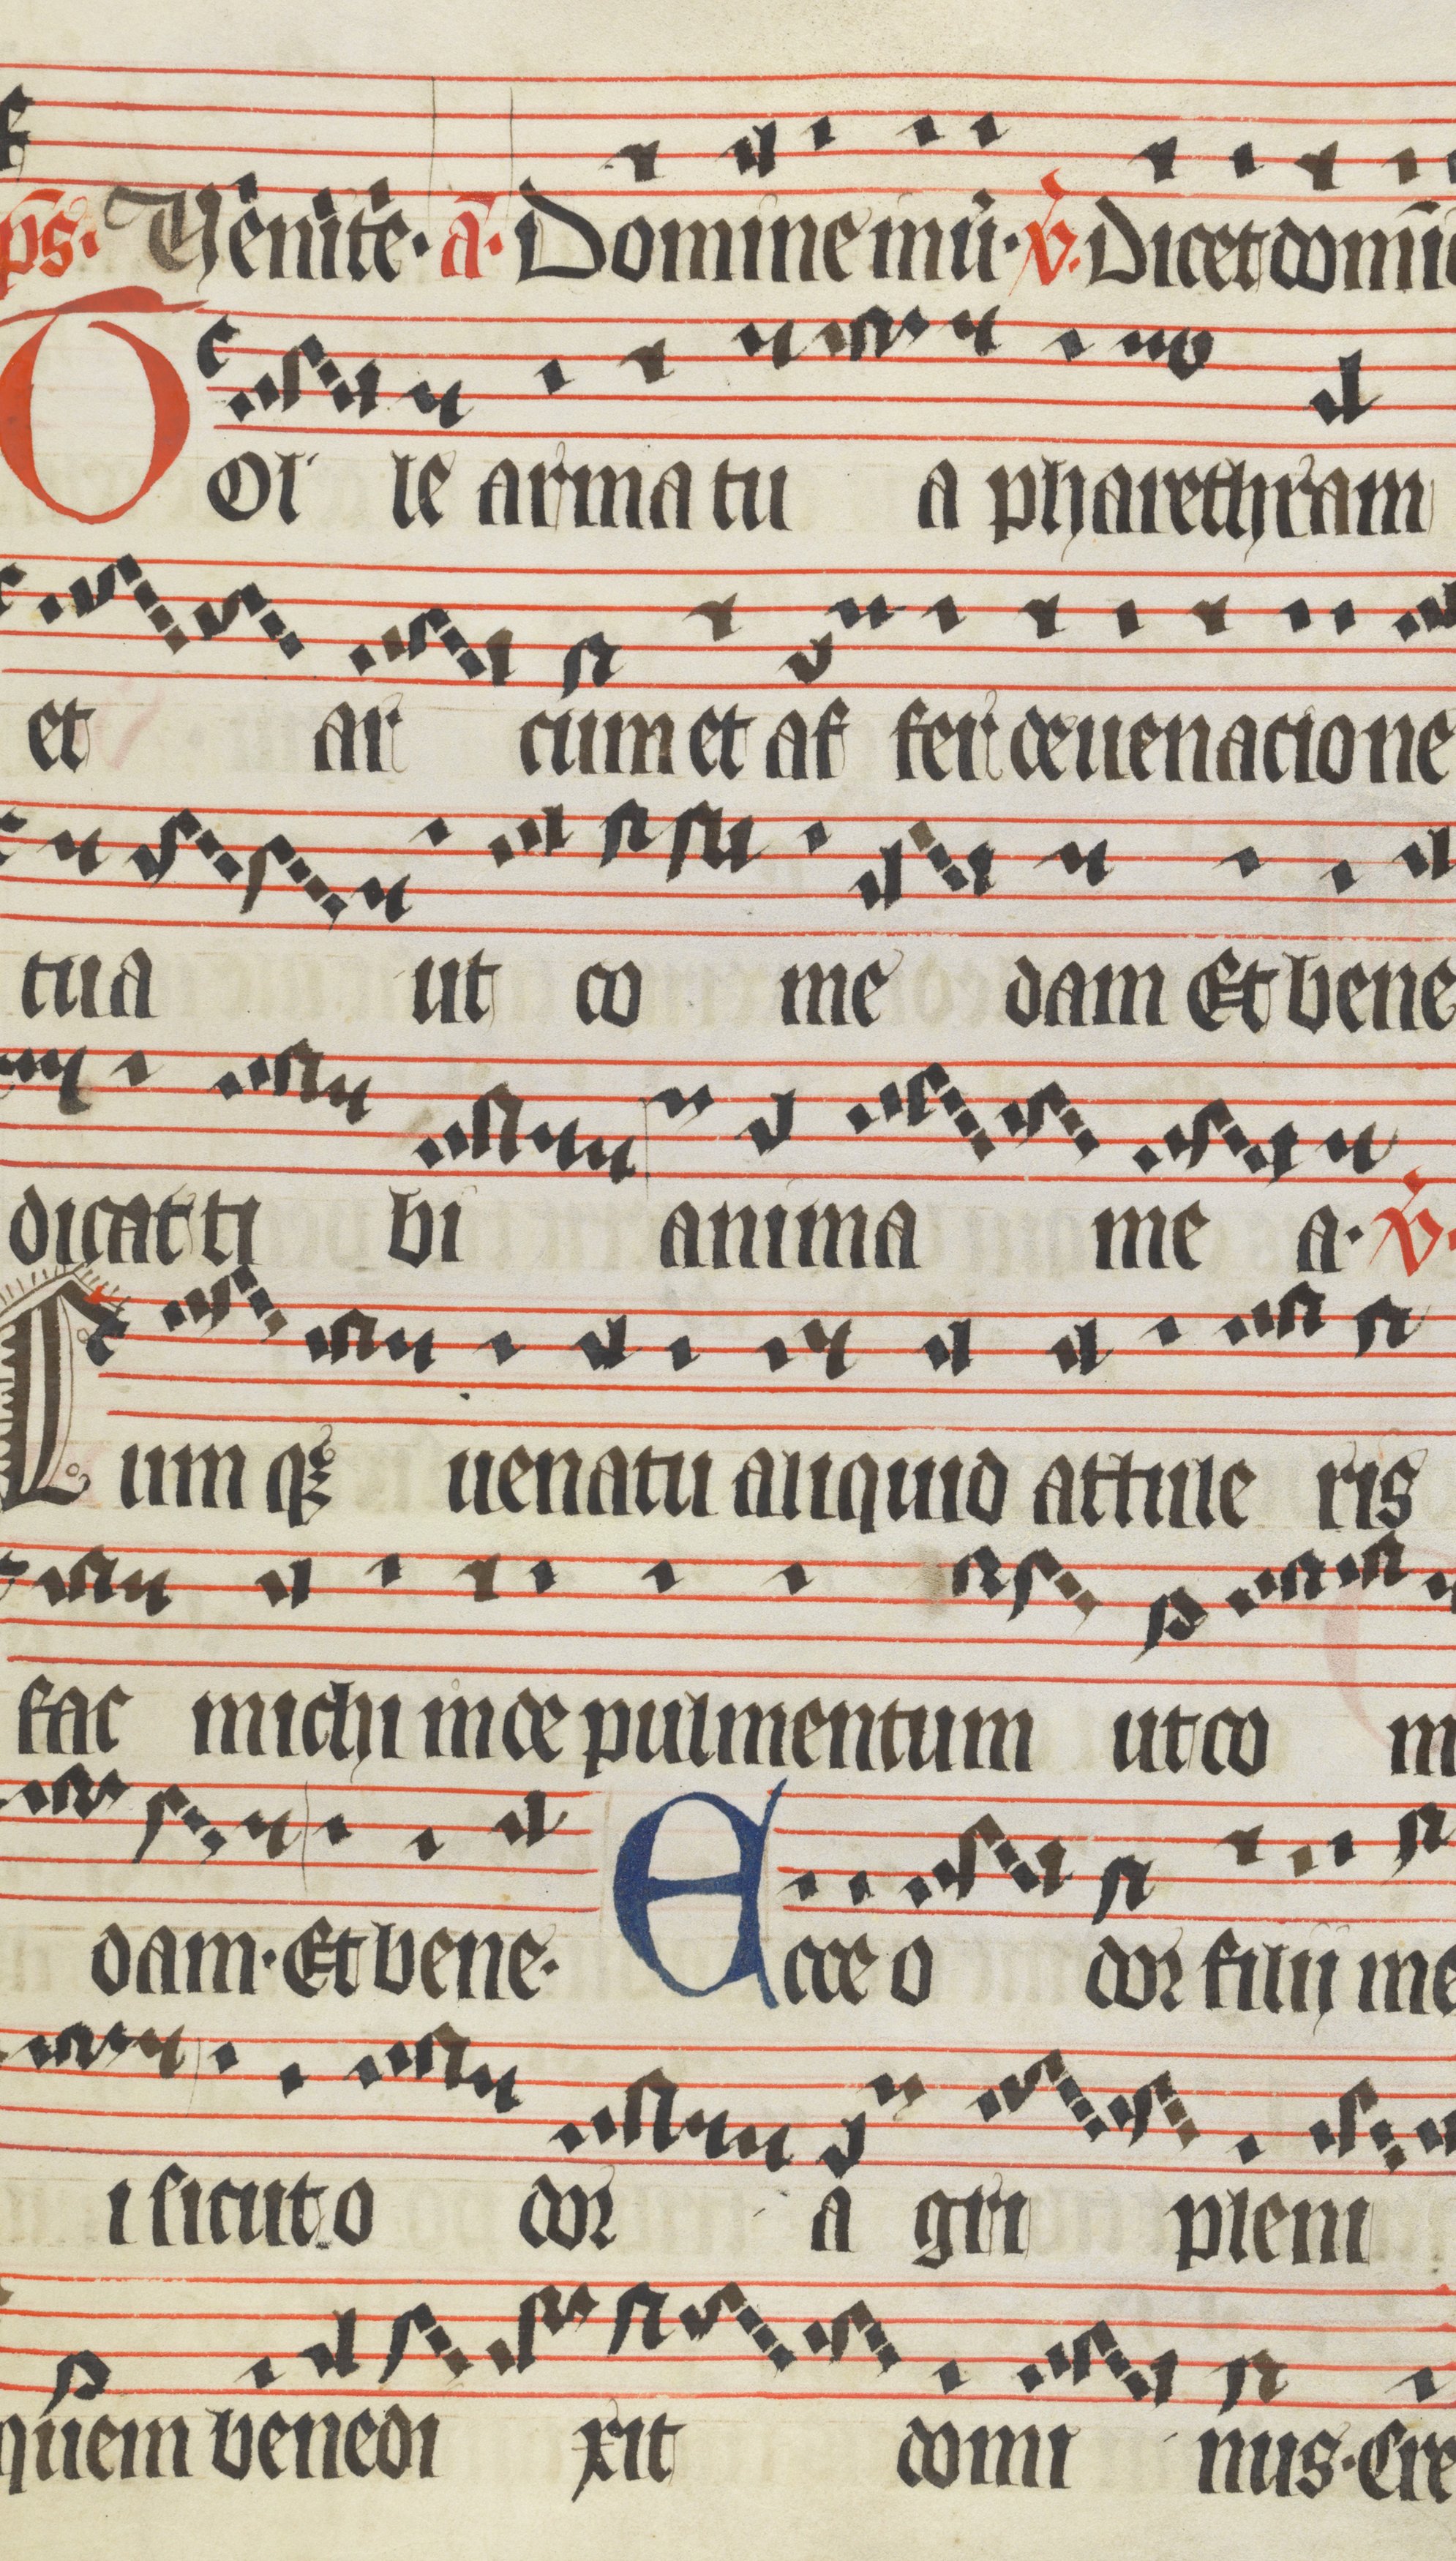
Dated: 1400–1499